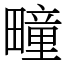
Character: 疃